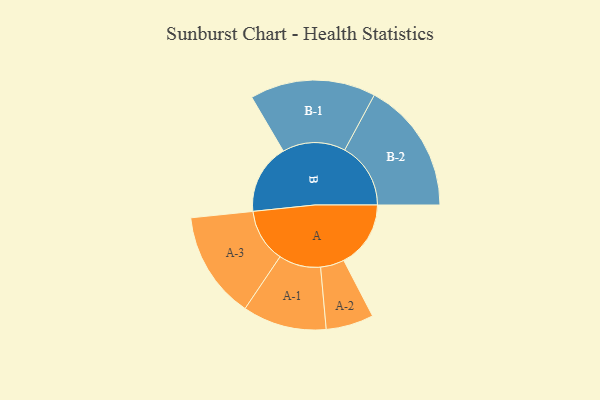
{"axis": {"x": "Segment", "y": "Value"}, "legend": ["", "A", "B"], "data": [{"x": "A", "y": 281, "type": ""}, {"x": "B", "y": 294, "type": ""}, {"x": "A-1", "y": 176, "type": "A"}, {"x": "A-2", "y": 100, "type": "A"}, {"x": "A-3", "y": 225, "type": "A"}, {"x": "B-1", "y": 264, "type": "B"}, {"x": "B-2", "y": 277, "type": "B"}]}